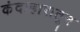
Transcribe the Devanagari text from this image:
कंदाहारातून